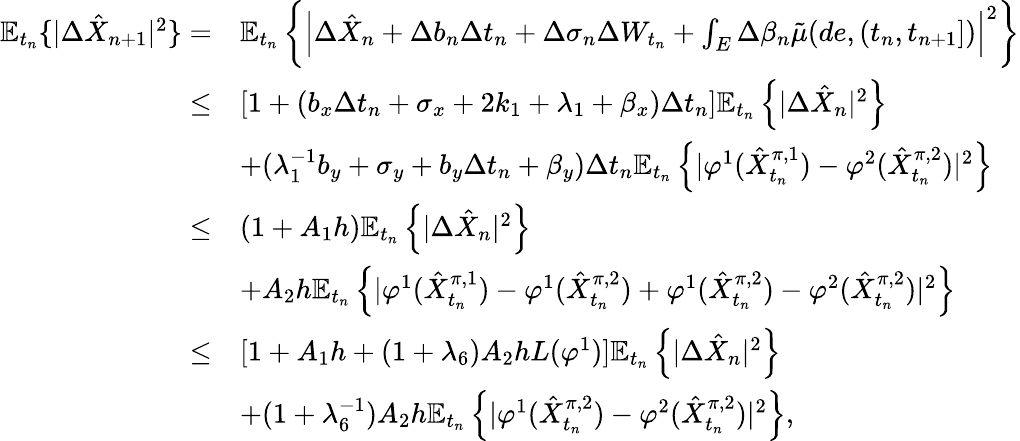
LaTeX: \begin{array}{r}{\begin{array}{rl}{\mathbb{E}_{t_{n}}\{ |\Delta\hat{X}_{n+1}|^{2}\} =}&{\mathbb{E}_{t_{n}}\left\{ \left|\Delta\hat{X}_{n}+\Delta b_{n}\Delta t_{n}+\Delta\sigma_{n}\Delta W_{t_{n}}+\int_{E}\Delta\beta_{n}\tilde{\mu}(de,(t_{n},t_{n+1}])\right|^{2}\right\} }\\ {\leq}&{[1+(b_{x}\Delta t_{n}+\sigma_{x}+2k_{1}+\lambda_{1}+\beta_{x})\Delta t_{n}]\mathbb{E}_{t_{n}}\left\{ |\Delta\hat{X}_{n}|^{2}\right\} }\\ &{+(\lambda_{1}^{-1}b_{y}+\sigma_{y}+b_{y}\Delta t_{n}+\beta_{y})\Delta t_{n}\mathbb{E}_{t_{n}}\left\{ |\varphi^{1}(\hat{X}_{t_{n}}^{\pi,1})-\varphi^{2}(\hat{X}_{t_{n}}^{\pi,2})|^{2}\right\} }\\ {\leq}&{(1+A_{1}h)\mathbb{E}_{t_{n}}\left\{ |\Delta\hat{X}_{n}|^{2}\right\} }\\ &{+A_{2}h\mathbb{E}_{t_{n}}\left\{ |\varphi^{1}(\hat{X}_{t_{n}}^{\pi,1})-\varphi^{1}(\hat{X}_{t_{n}}^{\pi,2})+\varphi^{1}(\hat{X}_{t_{n}}^{\pi,2})-\varphi^{2}(\hat{X}_{t_{n}}^{\pi,2})|^{2}\right\} }\\ {\leq}&{[1+A_{1}h+(1+\lambda_{6})A_{2}hL(\varphi^{1})]\mathbb{E}_{t_{n}}\left\{ |\Delta\hat{X}_{n}|^{2}\right\} }\\ &{+(1+\lambda_{6}^{-1})A_{2}h\mathbb{E}_{t_{n}}\left\{ |\varphi^{1}(\hat{X}_{t_{n}}^{\pi,2})-\varphi^{2}(\hat{X}_{t_{n}}^{\pi,2})|^{2}\right\} ,}\end{array}}\end{array}